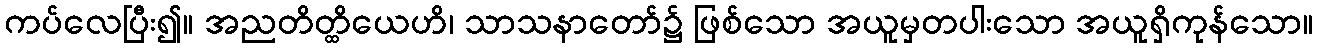
ကပ်လေပြီး၍။ အညတိတ္ထိယေဟိ၊ သာသနာတော်၌ ဖြစ်သော အယူမှတပါးသော အယူရှိကုန်သော။